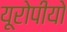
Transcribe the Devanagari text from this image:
यूरोपीयो